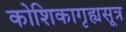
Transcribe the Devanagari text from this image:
कोशिकागृह्यसूत्र